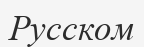
Русском